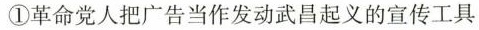
①革命党人把广告当作发动武昌起义的宣传工具